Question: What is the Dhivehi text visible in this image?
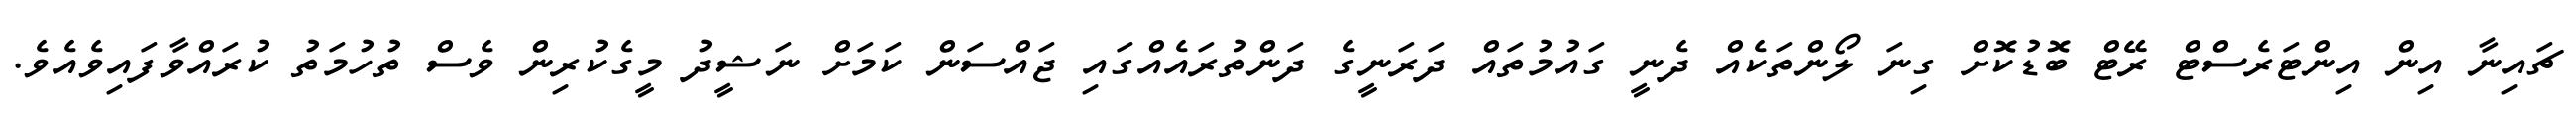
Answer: ޗައިނާ އިން އިންޓަރެސްޓް ރޭޓް ބޮޑުކޮށް ގިނަ ލޯންތަކެއް ދެނީ ގައުމުތައް ދަރަނީގެ ދަންތުރައެއްގައި ޖައްސަން ކަމަށް ނަޝީދު މީގެކުރިން ވެސް ތުހުމަތު ކުރައްވާފައިވެއެވެ.